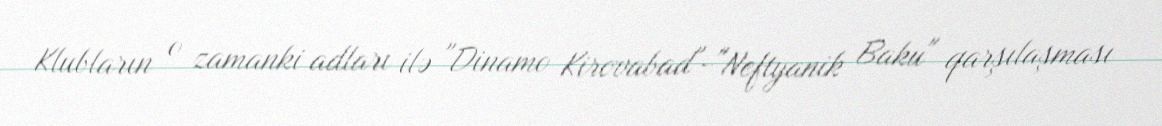
Klubların o zamanki adları ilə "Dinamo Kirovabad"-"Neftyanik Baku" qarşılaşması